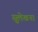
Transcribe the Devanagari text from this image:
सुलेखना